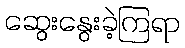
ဆွေးနွေးခဲ့ကြရာ